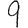
Digit: 9